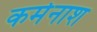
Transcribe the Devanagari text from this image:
कर्मनाश